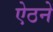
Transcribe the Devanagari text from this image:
ऐठने